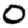
Digit: 0